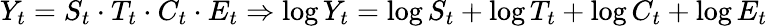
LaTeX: Y_{t}=S_{t}\cdot T_{t}\cdot C_{t}\cdot E_{t}\Rightarrow\log Y_{t}=\log S_{t}+\log T_{t}+\log C_{t}+\log E_{t}